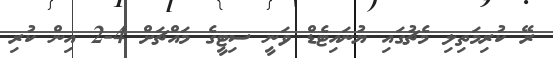
ރޭ ކުރިމަތިލި މެޗުގައި ޔުނައިޓެޑް ވަނީ ސިޓީގެ މައްޗަށް 4-2 އިން ކުރި